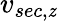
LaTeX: v_{sec,\mathit{z}}